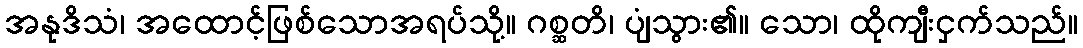
အနုဒိသံ၊ အထောင့်ဖြစ်သောအရပ်သို့။ ဂစ္ဆတိ၊ ပျံသွား၏။ သော၊ ထိုကျီးငှက်သည်။